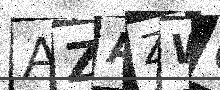
Text: AZAZWC